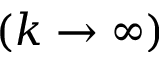
( k \rightarrow \infty )